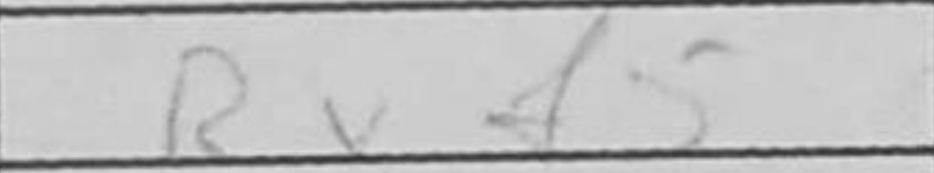
Transcription: Rxf5